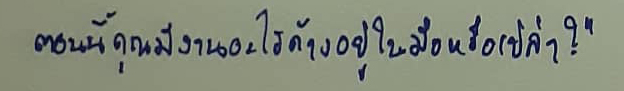
ตอนนี้คุณมีงานอะไรค้างอยู่ในมือหรือเปล่า?"